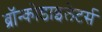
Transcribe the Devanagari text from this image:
ब्रॉन्कोडाइलेटर्स